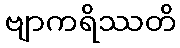
ဗျာကရိဿတိ